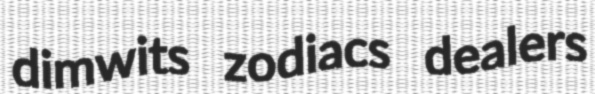
dimwits zodiacs dealers